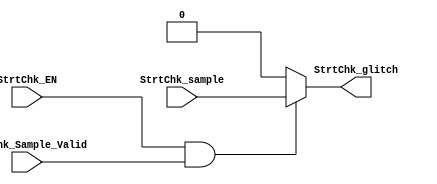
// TYPE: module
// DEPARTMENT: communication and electronics department
// AUTHOR EMAIL: mina.hannaone@gmail.com
//------------------------------------------------
// Release history
// VERSION DATE AUTHOR DESCRIPTION
// 1.0 20/7/2022 Mina Hanna final version
//------------------------------------------------
// KEYWORDS: start checking, glitch
//------------------------------------------------
// PURPOSE:   start checking to make sure there is no glitch\
module Strt_Check (
 input    wire    StrtChk_EN,
 input    wire    StrtChk_Sample_Valid,
 input    wire    StrtChk_sample,
 output   reg     StrtChk_glitch);

///////////////////start checking combinational logic/////////////////
 always@(*)
 begin
   if(StrtChk_EN & StrtChk_Sample_Valid)
     begin
       StrtChk_glitch = StrtChk_sample;
     end
   else
     begin
       StrtChk_glitch = 1'b0;
     end
 end
endmodule